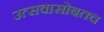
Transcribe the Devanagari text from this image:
उत्सवासोबतच